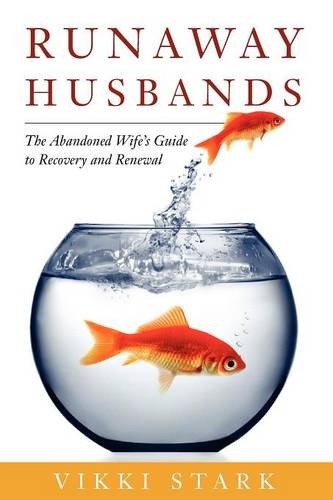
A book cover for Runaway Husbands: The Abandoned Wife's Guide to Recovery and Renewal; Vikki Stark; Parenting & Relationships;